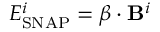
E _ { \mathrm { S N A P } } ^ { i } = \boldsymbol { \beta } \cdot \mathbf { B } ^ { i }